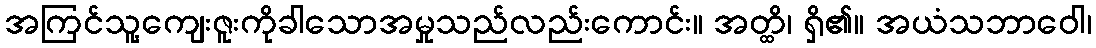
အကြင်သူ့ကျေးဇူးကိုခါသောအမှုသည်လည်းကောင်း။ အတ္ထိ၊ ရှိ၏။ အယံသဘာဝေါ၊